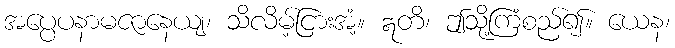
အပ္ပေပနာမဇာနေယျ၊ သိလိမ့်ငြားအံ့။ ဣတိ၊ ဤသို့ကြံစည်၍။ ယေန၊